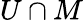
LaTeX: U\cap M